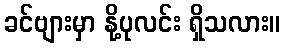
ခင်ဗျားမှာ နို့ပုလင်း ရှိသလား။